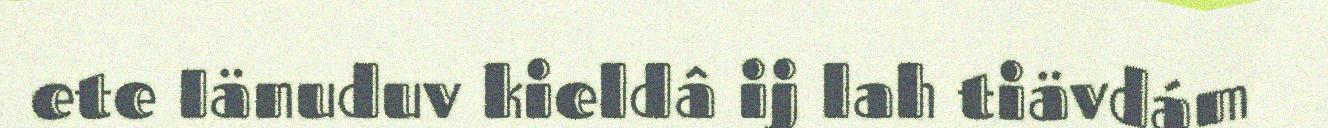
ete Iänuduv kieldâ ij lah tiävdám